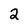
Character: 2